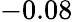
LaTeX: -0.08